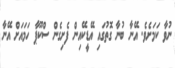
ނުވާ ކަމަށެވެ. އޭނާ ބުނާ ގޮތުގައި އޭޑީކޭއިން ފެށިގެން ސްކޫޕާ ހަމައަށް އޭނާ